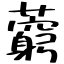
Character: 藭